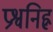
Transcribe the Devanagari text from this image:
प्रश्वनिह्न